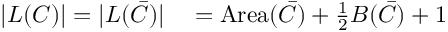
\begin{array} { r l } { | L ( C ) | = | L ( { \bar { C } } ) | } & { { } = \operatorname { A r e a } ( { \bar { C } } ) + { \frac { 1 } { 2 } } B ( { \bar { C } } ) + 1 } \end{array}